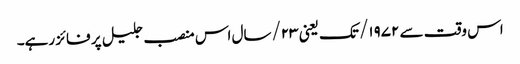
اس وقت سے ۱۹۷۲/ تک یعنی ۲۳/سال اس منصب جلیل پر فائز رہے۔